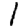
Digit: 1